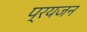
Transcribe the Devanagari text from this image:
प्रयजन